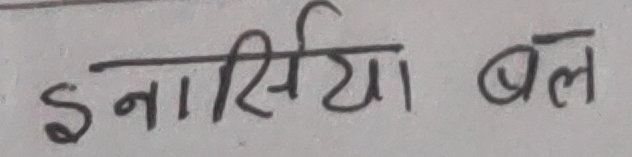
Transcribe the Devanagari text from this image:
इनर्सिया बल